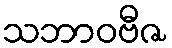
သဘာဝဗီဇ